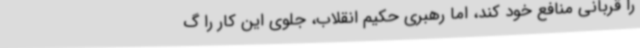
را قربانی منافع خود کند، اما رهبری حکیم انقلاب، جلوی این کار را گ